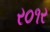
ર૦૧ર